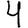
Digit: 4